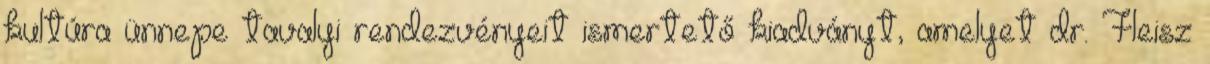
kultúra ünnepe tavalyi rendezvényeit ismertető kiadványt, amelyet dr. Fleisz